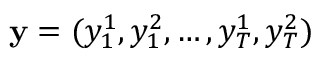
\mathbf { y } = ( y _ { 1 } ^ { 1 } , y _ { 1 } ^ { 2 } , \dots , y _ { T } ^ { 1 } , y _ { T } ^ { 2 } )